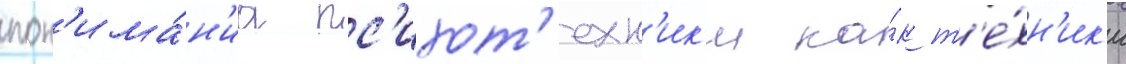
пон'има́н'иа пс'ихот'ехн'ик'и ка́к т'е́хн'ик'и